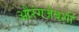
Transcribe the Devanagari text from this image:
औरंगजेबशी